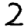
Digit: 2